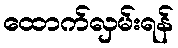
ထောက်လှမ်းရန်